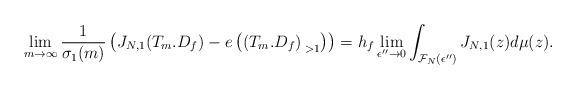
LaTeX: \begin{align*}\lim_{m\to \infty}\frac{1}{\sigma_1(m)}\left ( J_{N,1}(T_m . D_f) - e\left(\left(T_m . D_f\right)_{\; >1}\right) \right)=h_f\lim_{\epsilon''\to0} \int_{\mathcal{F}_{N}(\epsilon'')} J_{N,1}(z) d\mu(z).\end{align*}